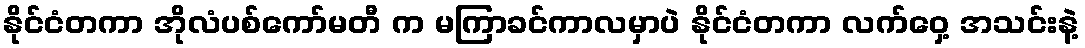
နိုင်ငံတကာ အိုလံပစ်ကော်မတီ က မကြာခင်ကာလမှာပဲ နိုင်ငံတကာ လက်ဝှေ့ အသင်းနဲ့